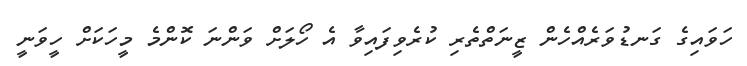
ހަވައިގެ ގަނޑުވަރެއްހެން ޒީނަތްތެރި ކުރެވިފައިވާ އެ ހޯލަށް ވަންނަ ކޮންމެ މީހަކަށް ހީވަނީ